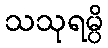
သသုရမ္ပိ